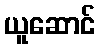
ယူဆောင်